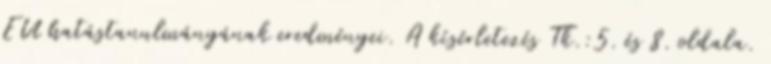
EU hatástanulmányának eredményei. A kísérletezés Tk.:5. és 8. oldala.